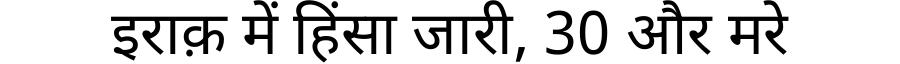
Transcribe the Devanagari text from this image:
इराक़ में हिंसा जारी, 30 और मरे